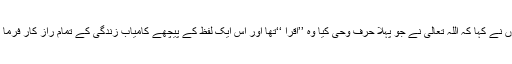
انہوں نے کہا کہ اللہ تعالیٰ نے جو پہلا حرف وحی کیا وہ ’’اقرا ‘‘تھا اور اس ایک لفظ کے پیچھے کامیاب زندگی کے تمام راز کار فرما ہیں۔